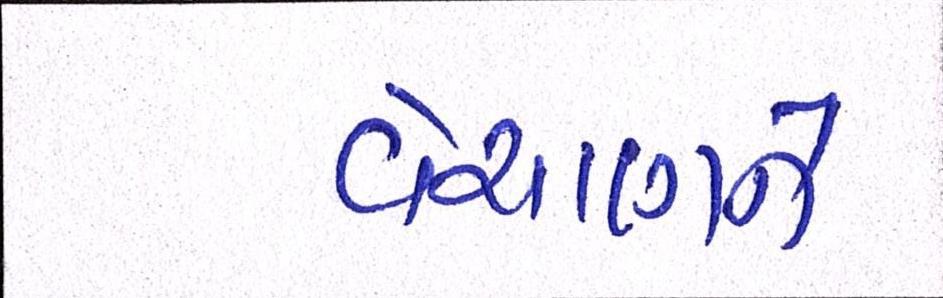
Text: વેચાણને